Annual statistical returns and brief notes on vaccination in Bengal - 1896-1909
Year: 1896
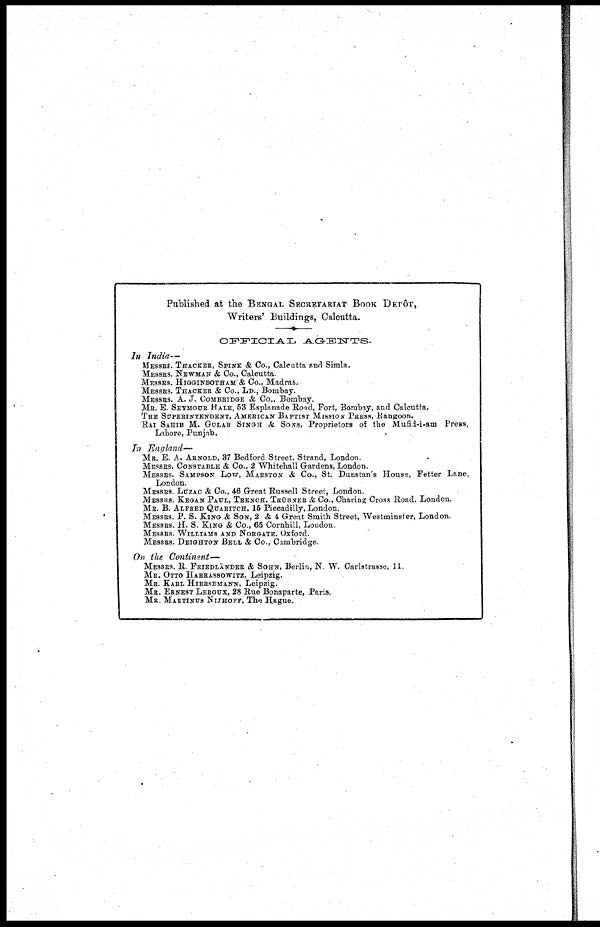
Published at the BENGAL SECRETARIAT BOOK DEPÔT,
Writers' Buildings, Calcutta.
OFFICIAL AGENTS.
In India—
MESSRS. THACKER, SPINK & Co., Calcutta and Simla.
MESSRS. NEWMAN & Co., Calcutta.
MESSRS. HIGGINBOTHAM & Co., Madras.
MESSRS. THACKER & Co., LD., Bombay.
MESSRS. A. J. COMBRIDGE & Co., Bombay.
MR. E. SEYMOUR HALE, 53 Esplanade Road, Fort, Bombay, and Calcutta.
THE SUPERINTENDENT, AMERICAN BAPTIST MISSION PRESS, Rangoon.
RAI SAHIB M. GULAB SINGH & SONS, Proprietors of the Mufid-i-am Press,
Lahore, Punjab.
In England—
MR. E. A. ARNOLD, 37 Bedford Street. Strand, London.
MESSRS. CONSTABLE & Co., 2 Whitehall Gardens, London.
MESSRS. SAMPSON LOW, MARSTON & Co., St. Dunstan's House, Fetter Lane,
London.
MESSRS. LUZAC & Co., 46 Great Russell Street, London.
MESSRS. KEGAN PAUL, TRENCH, TRÜBNER & Co., Charing Cross Road, London.
MR. B. ALFRED QUARITCH, 16 Piccadilly, London.
MESSRS. P. S. KING & SON, 2 & 4 Great Smith Street, Westminster, London.
MESSRS. H. S. KING & Co., 65 Cornhill, London.
MESSRS. WILLIAMS AND NORGATE, Oxford.
MESSRS. DEIGHTON BELL & Co., Cambridge.
On the
Continent—
MESSRS. R. FRIEDLÄNDER & SOHN, Berlin, N. W. Carlstrasse, 11.
MR. OTTO HARRASSOWITZ, Leipzig.
MR. KARL HIERSEMANN, Leipzig.
MR. ERNEST LEROUX, 28 Rue Bonaparte, Paris.
MR. MARTINUS NIJHOFF, The Hague.